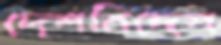
দেশবিদেশ